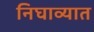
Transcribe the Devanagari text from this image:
निघाव्यात